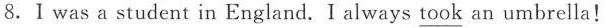
8.Ⅰwas a student in England.Ialways\underline{took} an umbrella!